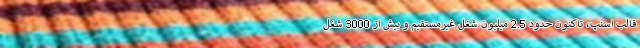
قالب اسنپ، تاکنون حدود 2.5 میلیون شغل غیرمستقیم و بیش از 3000 شغل